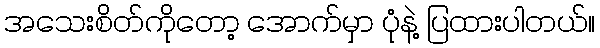
အသေးစိတ်ကိုတော့ အောက်မှာ ပုံနဲ့ ပြထားပါတယ်။